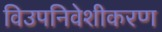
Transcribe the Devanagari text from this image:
विउपनिवेशीकरण